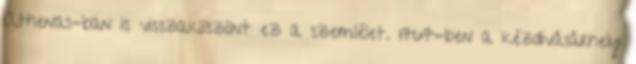
Athenas-ban is visszaköszönt ez a szemlélet. 1767-ben a kézdivásárhelyi